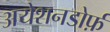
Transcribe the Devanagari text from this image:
अयेशनडोर्फ़